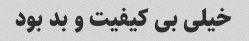
خیلی بی کیفیت و‌ بد بود